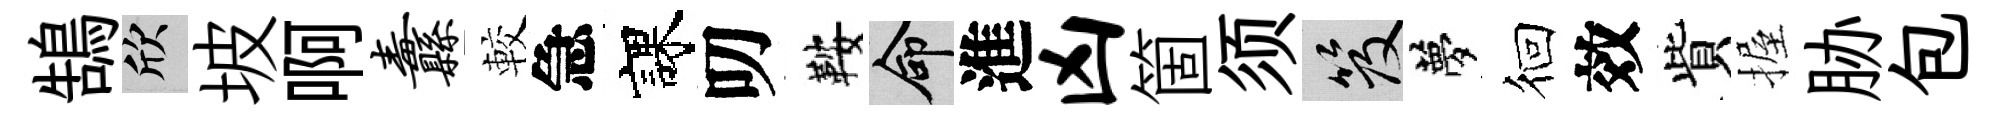
鵠欣坡啊纛較急課叨鞍命進凶箇须笈夢徊效貲握胁包